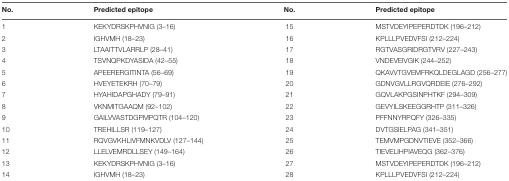
| No. | Predicted epitope | No. | Predicted epitope |
 | --- | --- | --- | --- |
 | 1 | KEKYDRSKPHVNIG (3–16) | 15 | MSTVDEYIPEPERDTDK (196–212) |
 | 2 | IGHVMH (18–23) | 16 | KPLLLPVEDVFSI (212–224) |
 | 3 | LTAAITTVLARRLP (28–41) | 17 | RGTVASGRIDRGTVRV (227–243) |
 | 4 | TSVNQPKDYASIDA (42–55) | 18 | VNDEVEIVGIK (244–252) |
 | 5 | APEERERGITINTA (56–69) | 19 | QKAVVTGVEMFRKQLDEGLAGD (256–277) |
 | 6 | HVEYETEKRH (70–79) | 20 | GDNVGVLLRGVQRDEIE (276–292) |
 | 7 | HYAHIDAPGHADY (79–91) | 21 | GQVLAKPGSINPHTKF (294–309) |
 | 8 | VKNMITGAAQM (92–102) | 22 | GEVYILSKEEGGRHTP (311–326) |
 | 9 | GAILVVASTDGPMPQTR (104–120) | 23 | PFFNNYRPQFY (326–335) |
 | 10 | TREHILLSR (119–127) | 24 | DVTGSIELPAG (341–351) |
 | 11 | RQVGVKHLIVFMNKVDLV (127–144) | 25 | TEMVMPGDNVTIEVE (352–366) |
 | 12 | LLELVEMRDLLSEY (149–164) | 26 | TIEVELIHPIAVEQG (362–376) |
 | 13 | KEKYDRSKPHVNIG (3–16) | 27 | MSTVDEYIPEPERDTDK (196–212) |
 | 14 | IGHVMH (18–23) | 28 | KPLLLPVEDVFSI (212–224) |